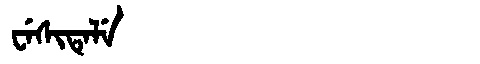
Manchu: ᠸᡝᠰᡳᡨᡝᠯᡝ
Romanization: WESITELE